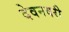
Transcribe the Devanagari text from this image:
देवनवरी